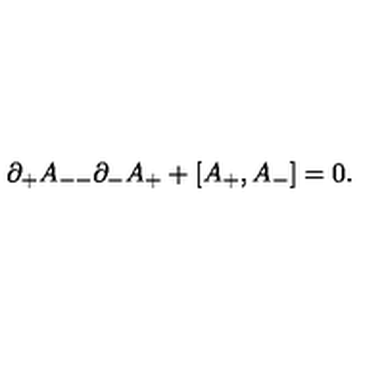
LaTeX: \partial _ { + } A _ { -- } \partial _ { - } A _ { + } + [ A _ { + } , A _ { - } ] = 0 .